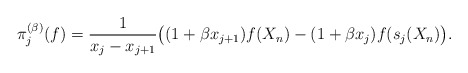
\begin{gather*}\pi_{j}^{(\beta)}(f) = {1 \over x_j-x_{j+1}}\big((1+\beta x_{j+1}) f(X_n)-(1+\beta x_j) f(s_{j}(X_n) \big).\end{gather*}